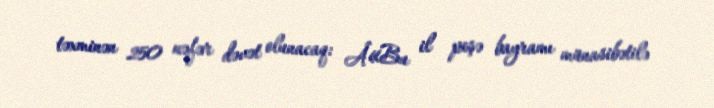
təxminən 250 nəfər dəvət olunacaq: Â«Bu il peşə bayramı münasibətilə